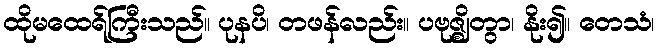
ထိုမထေရ်ကြီးသည်။ ပုနပိ၊ တဖန်လည်း။ ပဗုဇ္ဈိတွာ၊ နိုး၍။ တေသံ၊